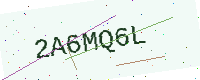
Text: 2A6MQ6L